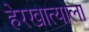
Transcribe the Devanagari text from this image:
हेरखात्याला